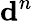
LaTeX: \mathbf{d}^{n}